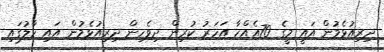
ދިރިއުޅެމުން އައީ މީގެ 70އެއްހާ އަހަރު ކުރިން ދިވެހިން ދިރިއުޅެމުން އައި ހާލުގައި